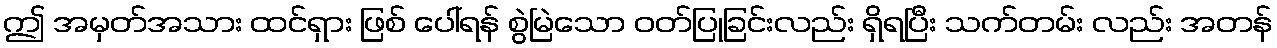
ဤ အမှတ်အသား ထင်ရှား ဖြစ် ပေါ်ရန် စွဲမြဲသော ဝတ်ပြုခြင်းလည်း ရှိရပြီး သက်တမ်း လည်း အတန်